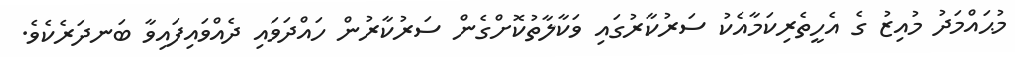
މުޙައްމަދު މުއިޒު ގެ އެހީތެރިކަމާއެކު ސަރުކާރުގައި ވަކާލާތުކޮށްގެން ސަރުކާރުން ހައްދަވައި ދެއްވައިފައިވާ ބަނދަރެކެވެ.